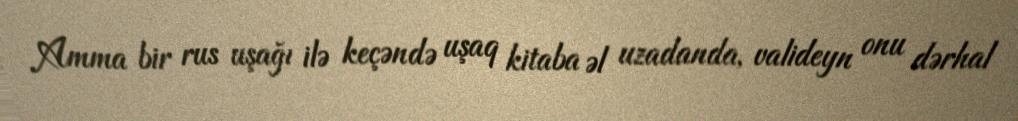
Amma bir rus uşağı ilə keçəndə uşaq kitaba əl uzadanda, valideyn onu dərhal